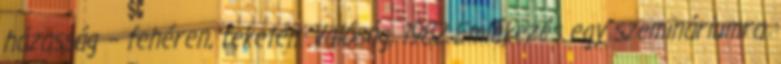
házasság – fehéren, feketén. Valóság, 1982 Emlékezés egy szemináriumra.